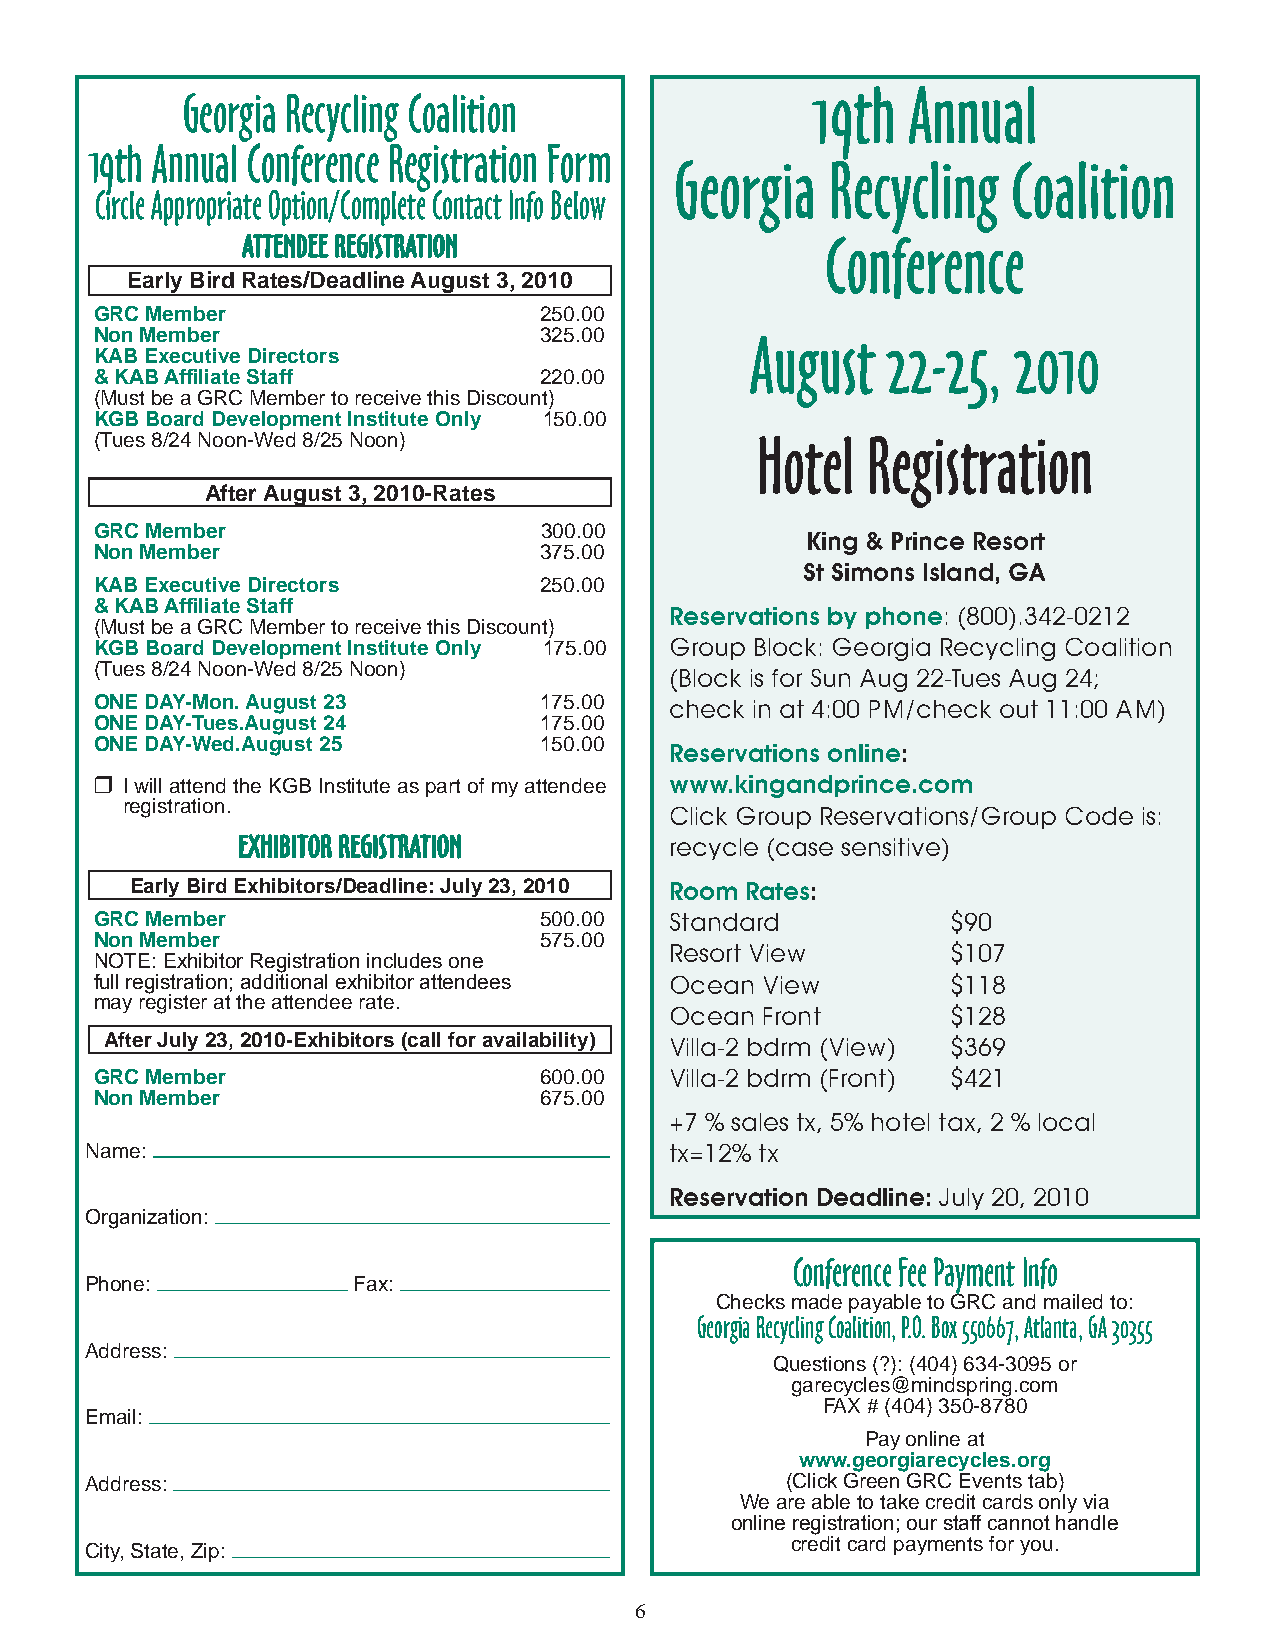
19th  Annual
 Georgia Recycling Coalition
 19th Annual Conference Registration Form
 Georgia   Recycling   Coalition
 Circle Appropriate Option/Complete Contact Info Below
 ATTENDEE REGISTRATION                  Conference
 Early Bird Rates/Deadline August 3, 2010
 GRC Member                    250.00
 Non Member                    325.00
 August   22-25,  2010
 KAB Executive Directors
 & KAB Affiliate Staff         220.00
 (Must be a GRC Member to receive this Discount)
 KGB Board Development Institute Only 150.00
 (Tues 8/24 Noon-Wed 8/25 Noon)              Hotel  Registration
 After August 3, 2010-Rates
 GRC Member                    300.00           King & Prince Resort
 Non Member                    375.00
 St Simons Island, GA
 KAB Executive Directors       250.00
 & KAB Affiliate Staff                 Reservations by phone: (800).342-0212
 (Must be a GRC Member to receive this Discount)
 KGB Board Development Institute Only 175.00 Group Block: Georgia Recycling Coalition
 (Tues 8/24 Noon-Wed 8/25 Noon)
 (Block is for Sun Aug 22-Tues Aug 24;
 ONE DAY-Mon. August 23        175.00  check in at 4:00 PM/check out 11:00 AM)
 ONE DAY-Tues.August 24        175.00
 ONE DAY-Wed.August 25         150.00  Reservations online:
 ❒ I will attend the KGB Institute as part of my attendee www.kingandprince.com
 registration.
 Click Group Reservations/Group Code is:
 ExHIBITOR REGISTRATION      recycle (case sensitive)
 Early Bird Exhibitors/Deadline: July 23, 2010 Room Rates:
 GRC Member                    500.00  Standard           $90
 Non Member                    575.00
 Resort View        $107
 NOTE: Exhibitor Registration includes one
 full registration; additional exhibitor attendees Ocean View $118
 may register at the attendee rate.
 Ocean Front        $128
 After July 23, 2010-Exhibitors (call for availability) Villa-2 bdrm (View) $369
 GRC Member                    600.00  Villa-2 bdrm (Front) $421
 Non Member                    675.00
 +7 % sales tx, 5% hotel tax, 2 % local
 Name:                                 tx=12% tx
 Reservation Deadline: July 20, 2010
 Organization:
 Conference Fee Payment Info
 Phone:           Fax:
 Checks made payable to GRC and mailed to:
 Georgia Recycling Coalition, P.O. Box 550667, Atlanta, GA 30355
 Address:
 Questions (?): (404) 634-3095 or
 garecycles@mindspring.com
 FAX # (404) 350-8780
 Email:
 Pay online at
 www.georgiarecycles.org
 Address:                                      (Click Green GRC Events tab)
 We are able to take credit cards only via
 online registration; our staff cannot handle
 credit card payments for you.
 City, State, Zip:
 6